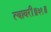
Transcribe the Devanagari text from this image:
त्यावरी॥३१॥